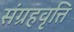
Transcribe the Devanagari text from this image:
संग्रहवृत्ति